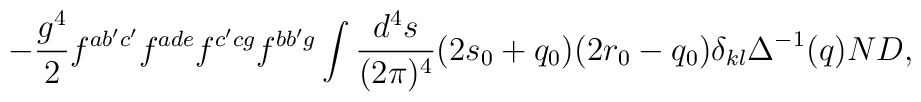
-\frac{g^4}{2} f^{ab'c'} f^{ade} f^{c'cg} f^{bb'g} \int \frac{d^4s}{(2\pi)^4} (2s_0 +q_0)(2r_0-q_0) \delta_{kl} \Delta^{-1}(q) ND,